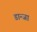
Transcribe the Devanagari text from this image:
डान्जा